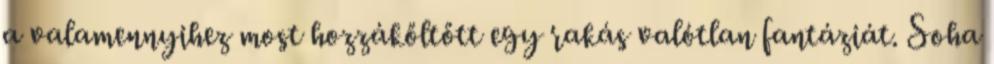
a valamennyihez most hozzákőltőtt egy rakás valótlan fantáziát. Soha